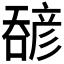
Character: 𫫹